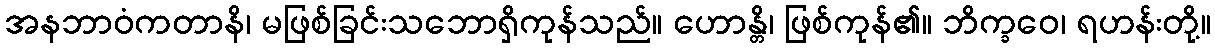
အနဘာဝံကတာနိ၊ မဖြစ်ခြင်းသဘောရှိကုန်သည်။ ဟောန္တိ၊ ဖြစ်ကုန်၏။ ဘိက္ခဝေ၊ ရဟန်းတို့။